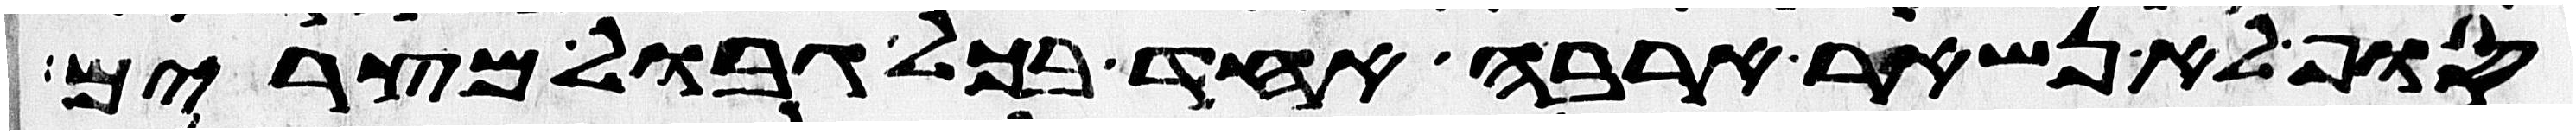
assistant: סוף לא נשאר ארבה אחד בכל גבול מצרים